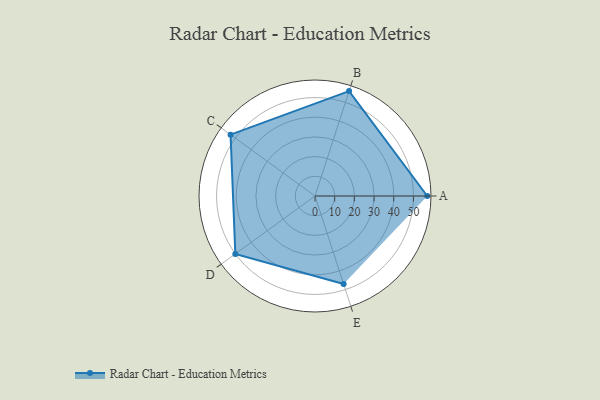
{"axis": {"x": "Skill", "y": "Score"}, "legend": ["Profile"], "data": [{"x": "A", "y": 57.0, "type": "Profile"}, {"x": "B", "y": 56.0, "type": "Profile"}, {"x": "C", "y": 53.0, "type": "Profile"}, {"x": "D", "y": 50.0, "type": "Profile"}, {"x": "E", "y": 47.0, "type": "Profile"}]}